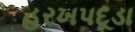
હરખપદૂડા